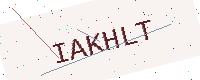
Text: IAKHLT